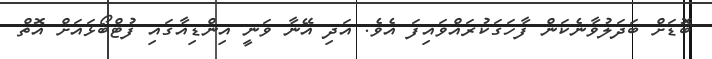
ބޮޑަށް ބަދަލުވާނެކަން ފާހަގަކުރައްވައިފަ އެވެ. އަދި އޭނާ ވަނީ އިންޑިއާގައި ފުޓްބޯޅައަށް އޮތް